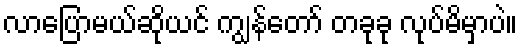
လာပြောမယ်ဆိုယင် ကျွန်တော် တခုခု လုပ်မိမှာပဲ။